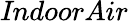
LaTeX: \textit{IndoorAir}